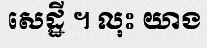
សេដ្ឋី ។ លុះ យាង